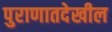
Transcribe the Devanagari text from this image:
पुराणातदेखील